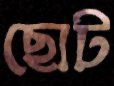
ছোট